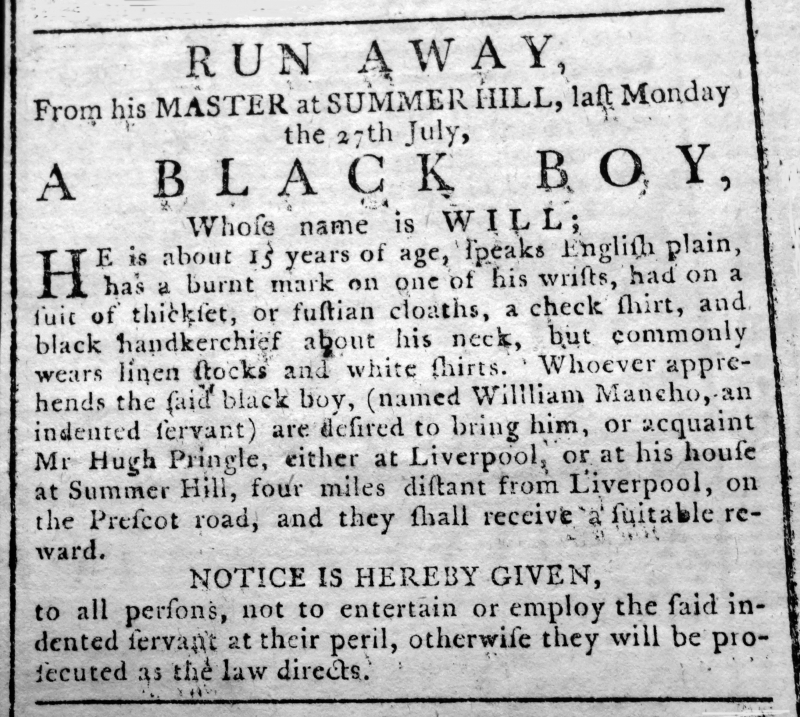
Liverpool General Advertiser, or the Commercial Register, 31 July 1778 (England)
               RUN AWAY,From his MASTER at SUMMER HILL, last Monday the 27th July,A BLACK BOY,  Whose name is WILL;HE is about 15 years of age, speaks English plain, has a burnt mark on one of his wrists, had on a suit of thickset, or fustian cloaths, a check shirt, and black handkerchief about his neck, but commonly wears linen stocks and white shirts. Whoever apprehends the said black boy, (named William Mancho, an indented servant) are desired to bring him, or acquaint Mr Hugh Pringle, either at Liverpool, or at his house at Summer Hill, four miles distant from Liverpool, on the Prescot road, and they shall receive a suitable reward.                NOTICE IS HEREBY GIVEN,to all persons, not to entertain or employ the said indented servant at their peril, otherwise they will be prosecuted as the law directs.